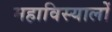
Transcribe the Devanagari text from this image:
महाविस्यालों